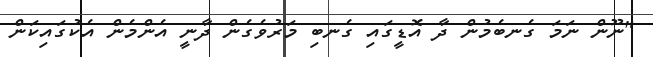
"ނޫން ނަމަ ގެނބެމުން ދާ އޮޑީގައި ގެނބި މަރުވެގެން ދާނީ އެންމެން އެކުގައިކަން